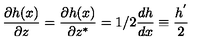
\frac { \partial h ( x ) } { \partial z } = \frac { \partial h ( x ) } { \partial z ^ { * } } = 1 / 2 \frac { d h } { d x } \equiv \frac { h ^ { ' } } { 2 }